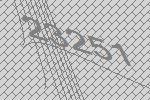
23251